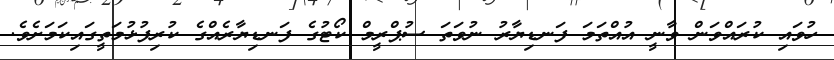
ހުވައި ކުރައްވަން ވާނީ އުއްތަމަ ފަނޑިޔާރު ނުވަތަ ސުޕްރީމް ކޯޓުގެ ފަނޑިޔާރެއްގެ ކުރިފުޅުމަތީގައިކަމަށެވެ.